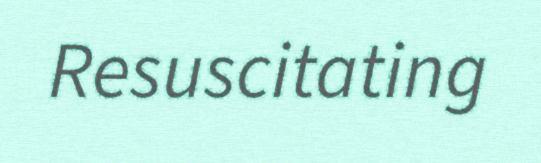
Resuscitating